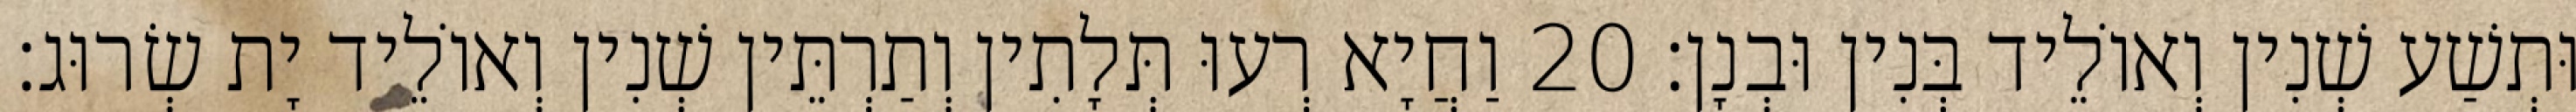
וּתְשַׁע שְׁנִין וְאוֹלֵיד בְּנִין וּבְנָן׃ 20 וַחֲיָא רְעוּ תְּלָתִין וְתַרְתֵּין שְׁנִין וְאוֹלֵיד יָת שְׂרוּג׃